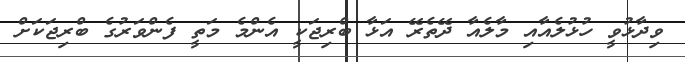
ވިދާޅުވީ ހުޅުލެއާއި މާލެއާ ދޭތެރޭ އަޅާ ބްރިޖަކީ އެންމެ މަތީ ފެންވަރުގެ ބްރިޖަކަށް